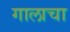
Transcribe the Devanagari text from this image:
गालाचा